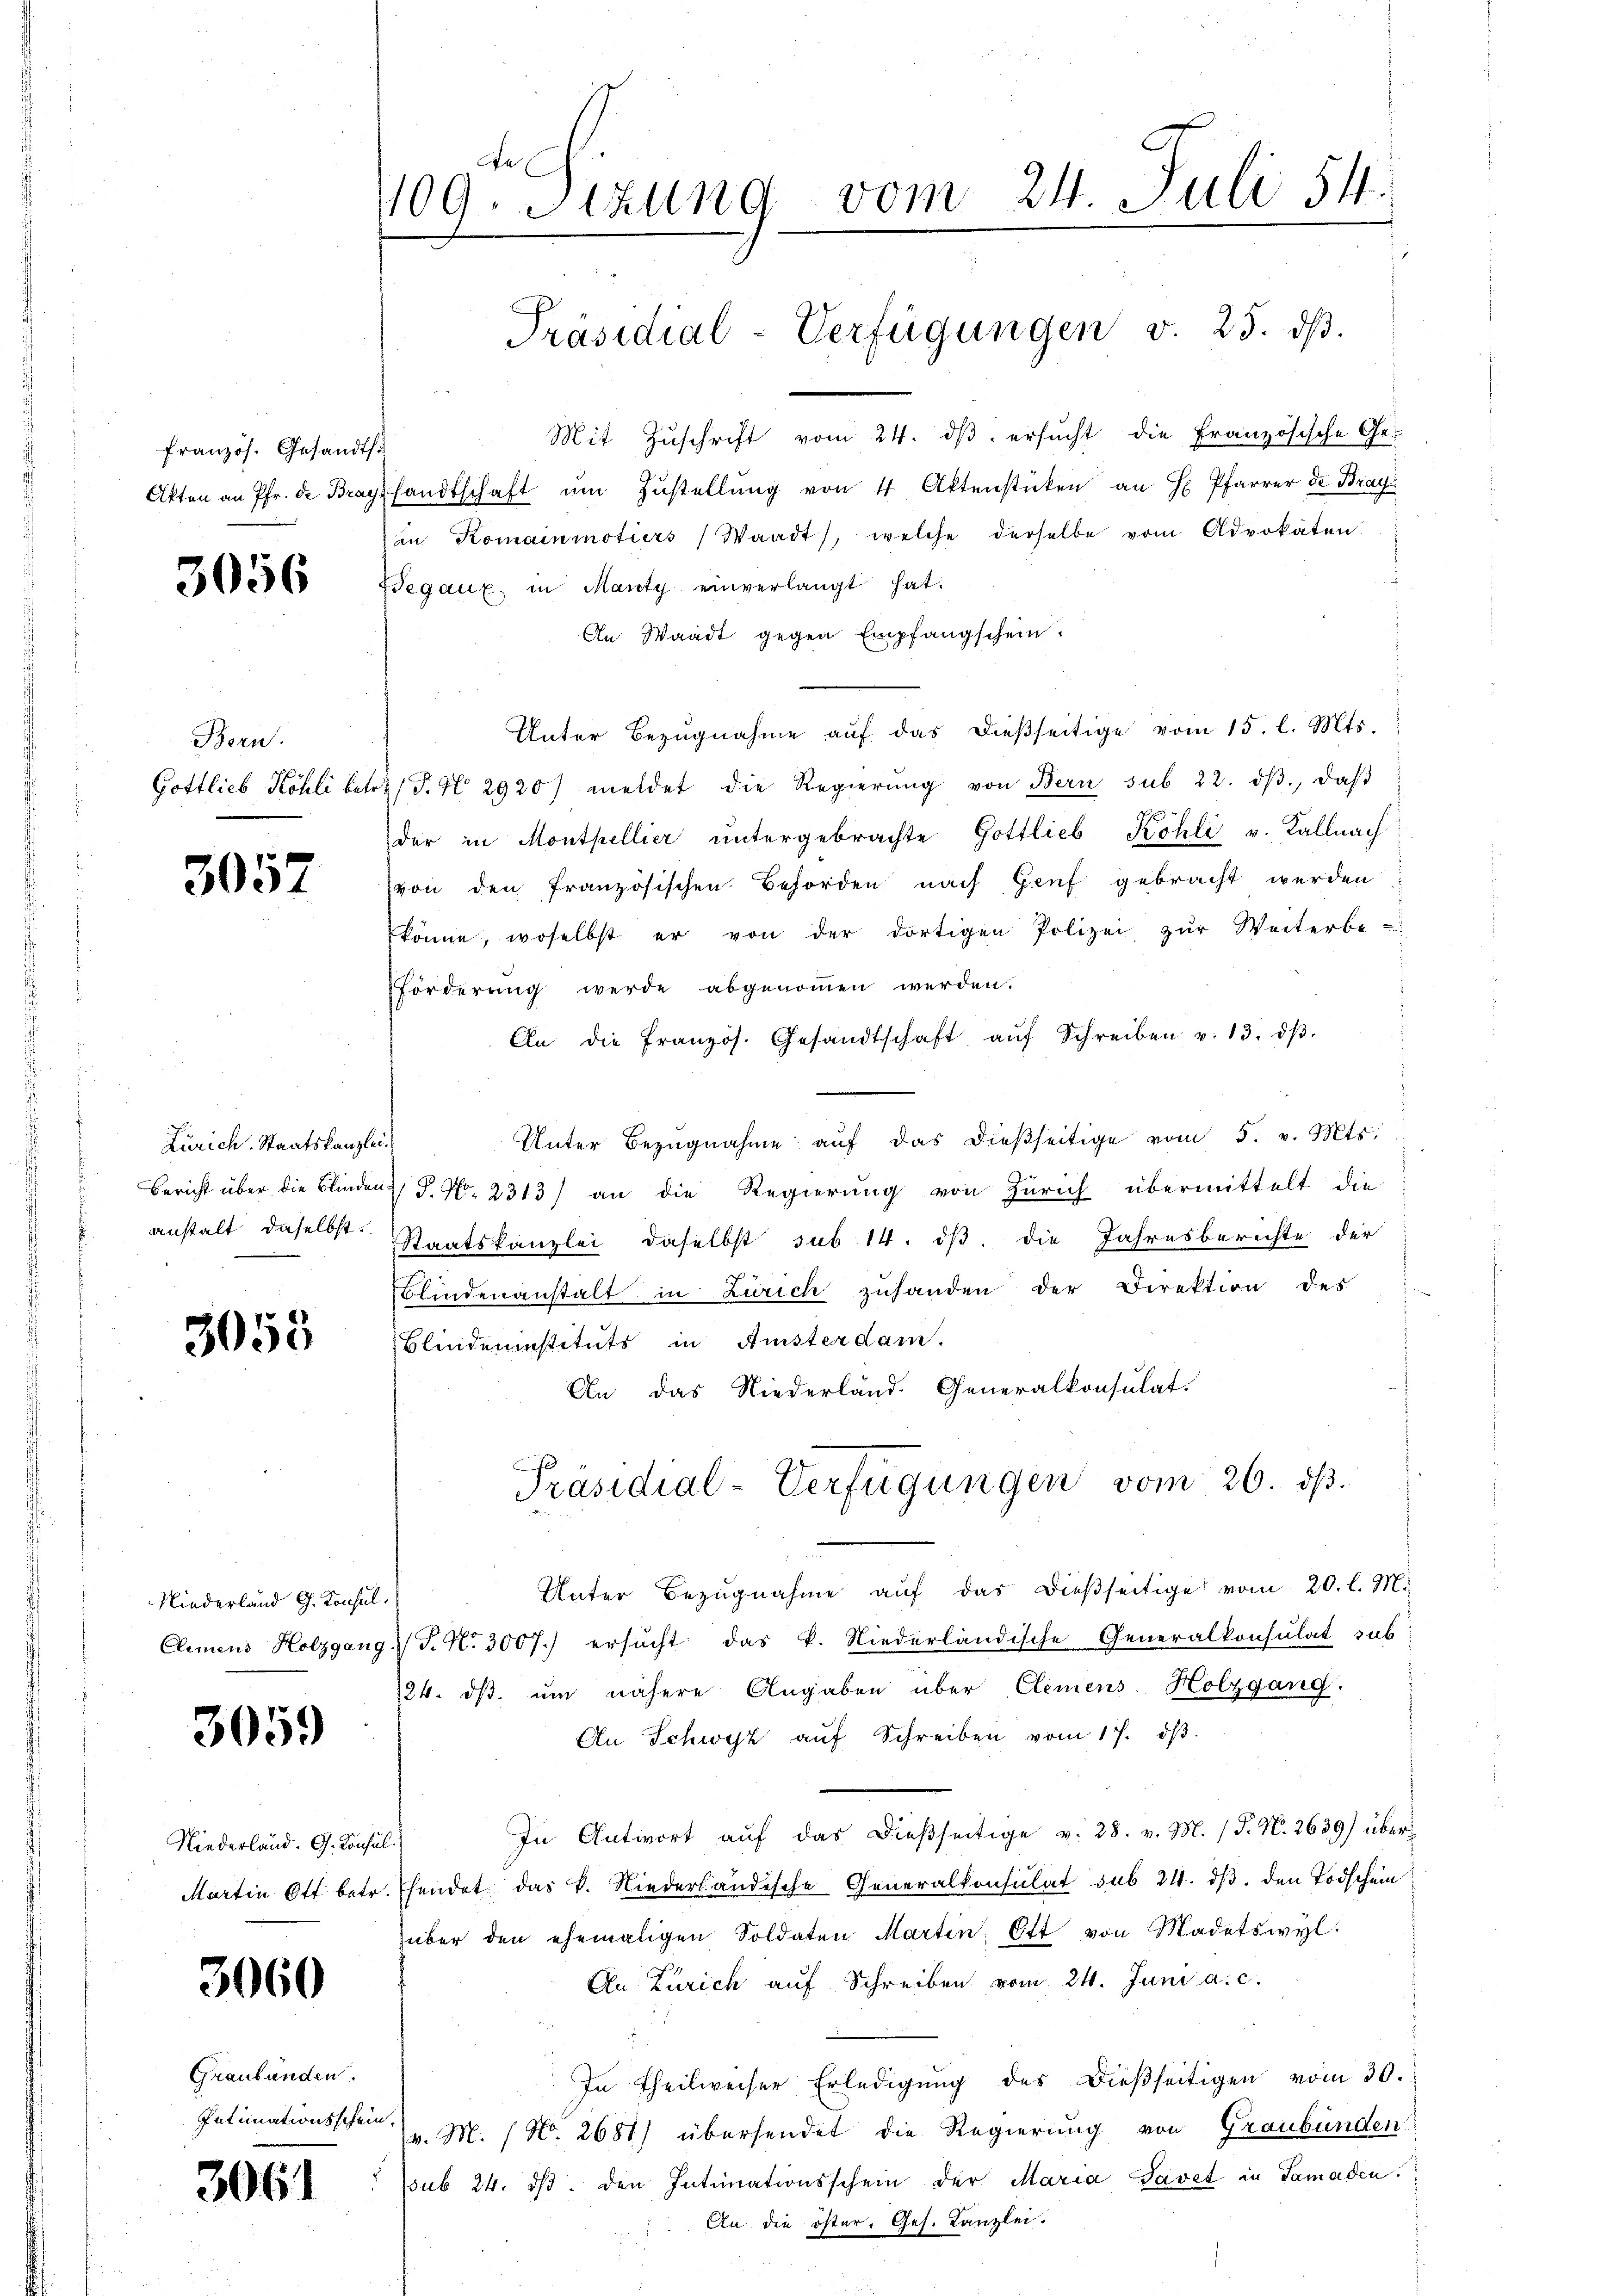
französ. Gesandts.
Akten an Pfr. de Bray

3056

Bern.
Gottlieb Köhli betr

3057

Zürich. Staatskanzlei.
Bericht über die Blinden.
anstalt, daselbst.

3058

Niederland G. Konsul
Clemens Holzgang

3059

Niederland. G. Konsul
Martin Ott betr.

3060

Graubünden.
Intimationsschein

3061

1109. Sizung vom 24. Juli 54.
Präsidial-Verfügungen v. 25. ds.

Mit Zŭschrift vom 24. dβ ersŭcht die Französische Ge-
sandtschaft ŭm Zŭstellung von 4 Aktenstücken an H. Pfarrer de Brac
in Komainmotiers Waadt, welche derselbe vom Advokaten.
egaux in Manty einverlangt hat.
An Waadt gegen Empfangschein.
Unter Bezŭgnahme aŭf das dießseitige vom 15. l. Mts.
(T. No 2920) meldet die Regierŭng von Bern sub 22. dβ, daβ

der in Monthellier untergebrachte Gottlieb Kohli v. Kallnach
von den französischen Behörden nach Genf gebracht werden
könne, woselbst er von der dortigen Polizei zŭr Weiterbe-
Förderung werde abgenommen werden.
An die französ. Gesandtschaft, aŭf Schreiben v. 13. dβ.
Unter Bezŭgnahme aŭf das dießseitige vom 5. v. Mts.
P. Nr. 2313) an die Regierung von Zürich übermittelt die
Staatskanzlei, daselbst sub 14. iß, die Jahresberichte der
.
Blindenanstalt in Zürich zuhanden der Direktion des
Blindeninstituts in Aristerdam.
An das Niederland. Generalkonsulat.
Präsidial-Verfügungen vom 26. dβ.
Unter Bezŭgnahme aŭf das dießseitige vom 20. l. M.
P. Nr. 3007.) ersucht das k. Niederländische Generalkonsulat sub
24. dβ ŭm nähere Angaben über Clemens-Holzgang.
An Schwest aŭf Schreiben vom 17. dβ.
In Antwort auf das dießseitige v. 28. v. M. (T. N. 2639) über
Ehendet das k. Niederländische Generalkonsulat sub 24. ds. den Todschein
über den ehemaligen Soldaten Martin, Ott von Modetswyl
An Zürich auf Schreiben vom 24. Juni a. c.
In Theilweiser Erledigung des Dießseitigen vom 30.
v. M. (N. 2681) übersendet die Regierung von Graubünden
sub 24. dβ den Intimationsschein der Maria Savet in Samaden.
An die öster. Ges. Kanzlei.